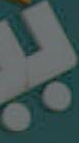
ب